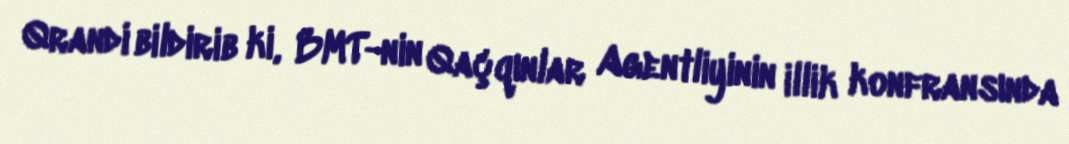
Qrandi bildirib ki, BMT-nin Qaçqınlar Agentliyinin illik konfransında